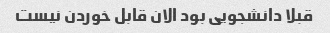
قبلا دانشجویی بود الان قابل خوردن نیست